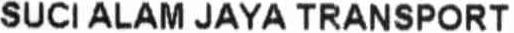
SUCI ALAM JAYA TRANSPORT